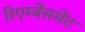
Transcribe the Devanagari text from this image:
रिएर्म्बेसमेंट